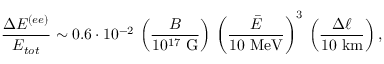
\frac { \Delta { \cal E } ^ { ( e e ) } } { { \cal E } _ { t o t } } \sim 0 . 6 \cdot 1 0 ^ { - 2 } \, \left( \frac { B } { 1 0 ^ { 1 7 } ~ \mathrm { G } } \right) \, \left( \frac { \bar { E } } { 1 0 ~ \mathrm { M e V } } \right) ^ { 3 } \, \left( \frac { \Delta \ell } { 1 0 ~ \mathrm { k m } } \right) ,